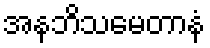
အနဘိသမေတာနံ